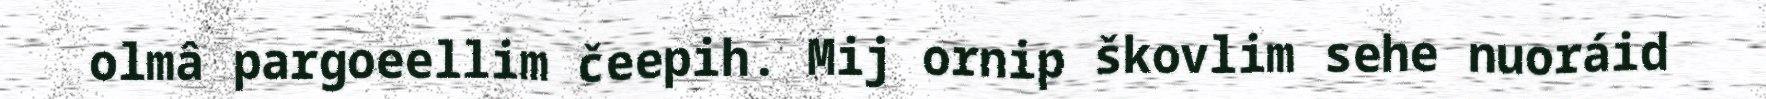
olmâ pargoeellim čeepih. Mij ornip škovlim sehe nuoráid